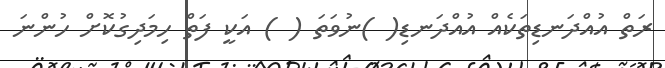
ރަތް އުއްދަނޑިތަކެއް އުއްދަނޑި( )ނުވަތަ ( ) އަކީ ފަތް ހިމަދިގުކޮށް ހުންނަ